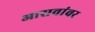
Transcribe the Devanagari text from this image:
आसवांवर